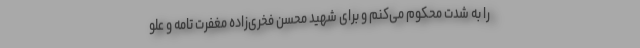
را به شدت محکوم می‌کنم و برای شهید محسن فخری‌زاده مغفرت تامه و علو